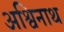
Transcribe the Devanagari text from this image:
अश्विनाथ